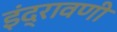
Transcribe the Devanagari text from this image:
इंद्रावणी